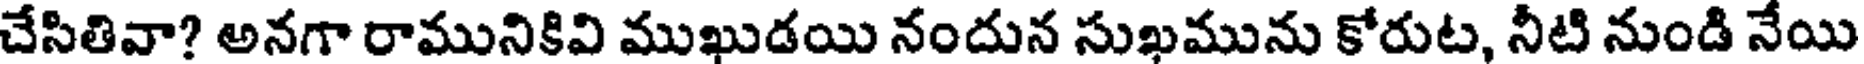
చేసితివా? అనగా రామునికివి ముఖుడయి నందున సుఖమును కోరుట, నీటి నుండి నేయి